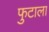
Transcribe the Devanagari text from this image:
फुटाला